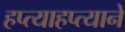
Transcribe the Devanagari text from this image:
हप्त्याहप्त्याने